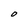
Character: O